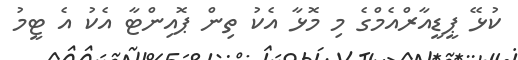
ކުޅޭ ޕީޑީއާރްއެމްގެ މި މޮޅާ އެކު ތިން ޕޮއިންޓާ އެކު އެ ޓީމު